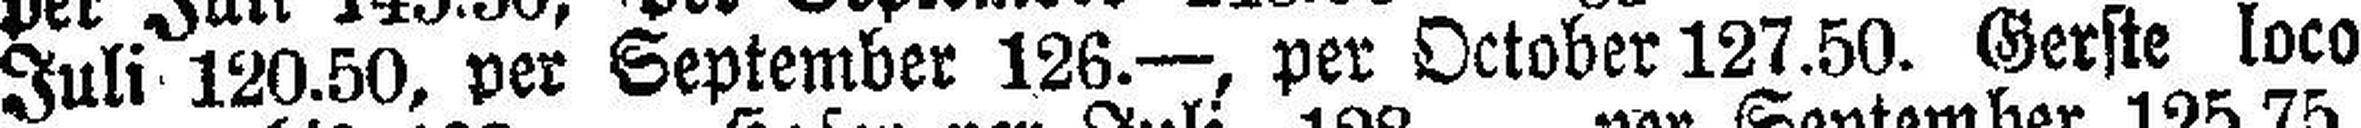
Juli 120.50, per September 126.—, per October 127.50. Gerste loco